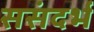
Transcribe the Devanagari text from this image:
ससंदर्भ